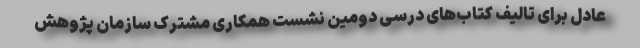
عادل برای تالیف کتاب‌های درسی دومین نشست همکاری مشترک سازمان پژوهش